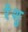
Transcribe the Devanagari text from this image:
रेंशु